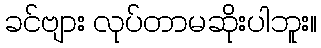
ခင်ဗျား လုပ်တာမဆိုးပါဘူး။